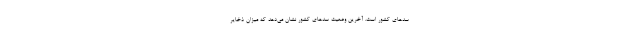
سدهای کشور است. آخرین وضعیت سدهای کشور نشان می‌دهد که میزان ذخایر